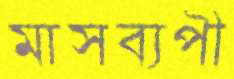
মাসব্যপী